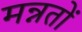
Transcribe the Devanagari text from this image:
मन्नतों